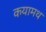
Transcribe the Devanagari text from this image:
कयामथ